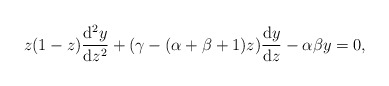
\begin{align*}& z(1-z) \frac{{\rm d}^2y}{{\rm d}z^2} + ( \gamma - (\alpha + \beta +1)z ) \frac{{\rm d}y}{{\rm d}z} -\alpha \beta y=0,\end{align*}